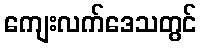
ကျေးလက်ဒေသတွင်